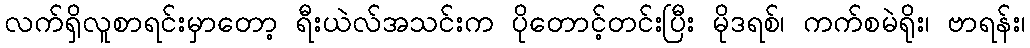
လက်ရှိလူစာရင်းမှာတော့ ရီးယဲလ်အသင်းက ပိုတောင့်တင်းပြီး မိုဒရစ်၊ ကက်စမဲရိုး၊ ဗာရန်း၊